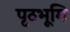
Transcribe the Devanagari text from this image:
पृठभूमि